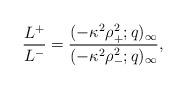
LaTeX: \begin{align*}\frac{L^+}{L^-}=\frac{(-\kappa^2\rho_+^2;q)_{\infty}}{(-\kappa^2\rho_-^2;q)_{\infty}},\end{align*}